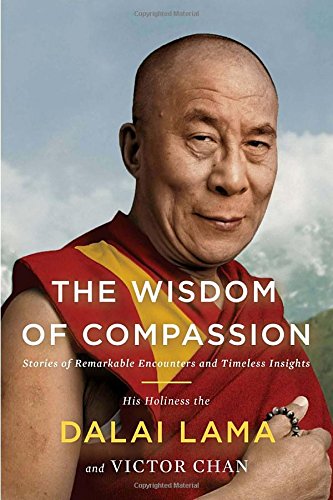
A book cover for The Wisdom of Compassion: Stories of Remarkable Encounters and Timeless Insights; Victor Chan; Religion & Spirituality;